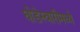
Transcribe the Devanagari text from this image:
घोडेस्वारीमध्ये